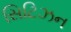
સિટિઝન